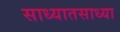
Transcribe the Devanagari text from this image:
साध्यातसाध्या